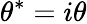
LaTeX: \theta^{*}=i\theta